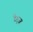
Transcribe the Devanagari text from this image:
देट्ज़